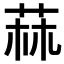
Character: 𦱍